Code of medical and sanitary regulations for the guidance of medical officers serving in the Madras Presidency - Volume I
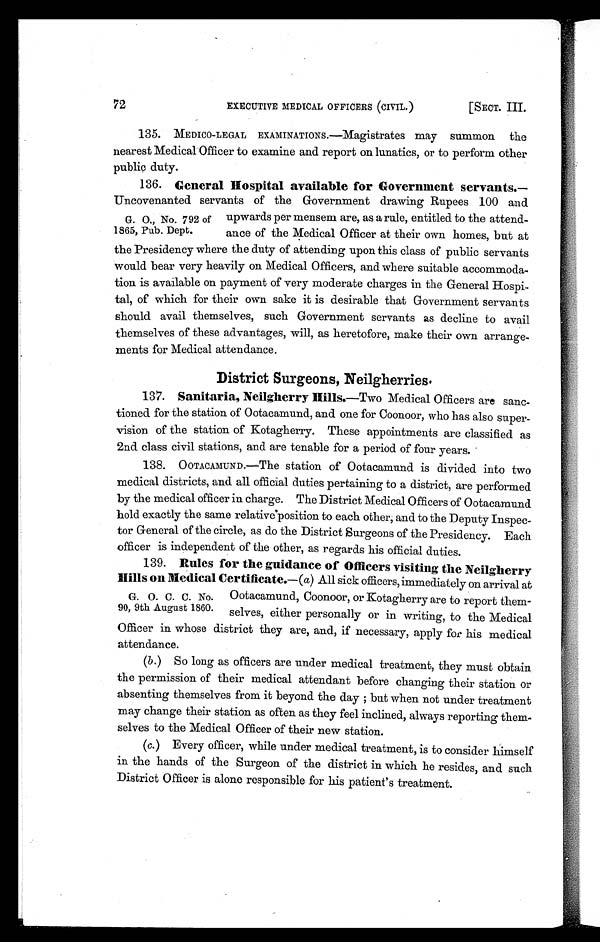
72
EXECUTIVE MEDICAL OFFICERS (CIVIL.)
[SECT. III.
135. MEDICO-LEGAL EXAMINATIONS.—Magistrates may summon the
nearest Medical Officer to examine and report on lunatics, or to perform other
public duty.
136. General Hospital available for Government servants.—
Uncovenanted servants of the Government drawing Rupees 100 and
G. O, No. 792 of upwards per mensem are, as a rule, entitled to the attend-
1865, Pub. Dept ance of the Medical Officer at their own homes, but at
the Presidency where the duty of attending upon this class of public servants
would bear very heavily on Medical Officers, and where suitable accommoda-
tion is available on payment of very moderate charges in the General Hospi-
tal, of which for their own sake it is desirable that Government servants
should avail themselves, such Government servants as decline to avail
themselves of these advantages, will, as heretofore, make their own arrange-
ments for Medical attendance.
District Surgeons, Neilgherries•
137. Sanitaria, Neilgherry Hills.—Two Medical Officers are san
c-tioned for the station of Ootacamund, and one for Coonoor, who has also super-
vision of the station of Kotagherry. These appointments are classified as
2nd class civil stations, and are tenable for a period of four years.
138. OOTACAMUND.—The station of Ootacamund is divided into two
medical districts, and all official duties pertaining to a district, are performed
by the medical officer in charge. The District Medical Officers of Ootacamund
hold exactly the same relative' position to each other, and to the Deputy Inspec-
tor General of the circle, as do the District Surgeons of the Presidency. Each
officer is independent of the other, as regards his official duties.
139. Rules for the guidance of Officers visiting the Neilgherry
Hills on Medical Certificate.—(a) All sick officers, immediately on arrival at
G. O. C. C. No. Ootacamund, Coonoor, or Kotagherry are to report them-
90, 9th August 1860. selves, either personally or in writing, to the Medical
Officer in whose district they are, and, if necessary, apply for his medical
attendance.
(b) So long as officers are under medical treatment, they must obtain.
the permission of their medical attendant before changing their station or
absenting themselves from it beyond the day ; but when not under treatment
may change their station as often as they feel inclined, always reporting them
-selves to the Medical Officer of their new station.
(c.) Every officer, while under medical treatment, is to consider himself
in the hands of the Surgeon of the district in which he resides, and such
District Officer is alone responsible for his patient's treatment.